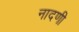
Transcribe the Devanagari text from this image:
नादणी